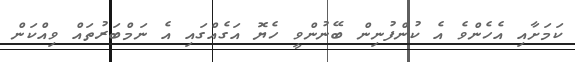
ކަމަށާއި އެހެންވެ އެ ކުންފުނިން ބޭނުންވީ ހެޔޮ އަގެއްގައި އެ ނަމްބަރުތައް ވިއްކަން